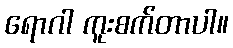
ရောဂါ ကူးစက်တာပါ။